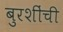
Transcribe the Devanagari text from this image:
बुरशींची